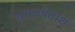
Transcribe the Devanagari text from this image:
संभाव्यतांश